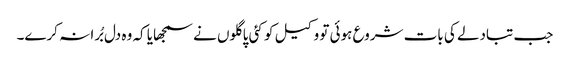
جب تبادلے کی بات شروع ہوئی تو وکیل کو کئی پاگلوں نے سمجھایا کہ وہ دل بُرا نہ کرے۔